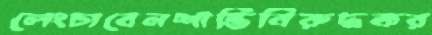
লেংচাবেনশান্তিবিরুদ্ধকর